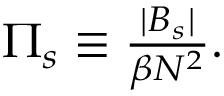
\begin{array} { r } { \Pi _ { s } \equiv \frac { | B _ { s } | } { \beta N ^ { 2 } } . } \end{array}